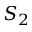
S _ { 2 }